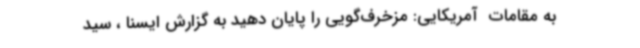
به مقامات  آمریکایی: مزخرف‌گویی را پایان دهید به گزارش ایسنا ، سید